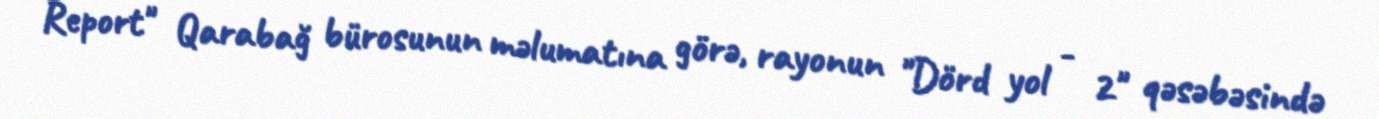
Report" Qarabağ bürosunun məlumatına görə, rayonun "Dörd yol - 2" qəsəbəsində